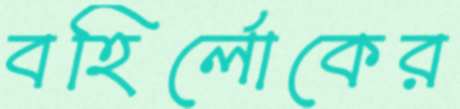
বহির্লোকের